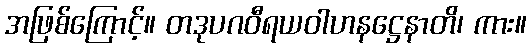
အဖြစ်ကြောင့်။ တဒုပဂဝီရယဝါဟနဋ္ဌေနာတိ၊ ကား။